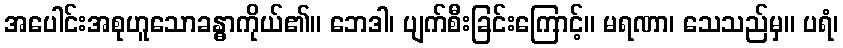
အပေါင်းအစုဟူသောခန္ဓာကိုယ်၏။ ဘေဒါ၊ ပျက်စီးခြင်းကြောင့်။ မရဏာ၊ သေသည်မှ။ ပရံ၊